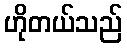
ဟိုတယ်သည်